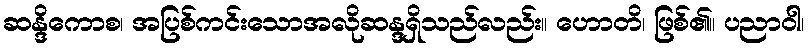
ဆန္ဒိကောစ၊ အပြစ်ကင်းသောအလိုဆန္ဒရှိသည်လည်း။ ဟောတိ၊ ဖြစ်၏။ ပညာဝါ၊